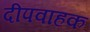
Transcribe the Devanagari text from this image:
दीपवाहक